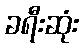
ခရီးဆုံး